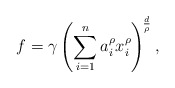
\begin{align*} f=\gamma \left(\sum_{i=1}^{n}a_{i}^{\rho}x_{i}^{\rho}\right)^{\! \frac{d}{\rho}},\end{align*}